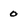
Character: 0